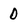
Character: 0